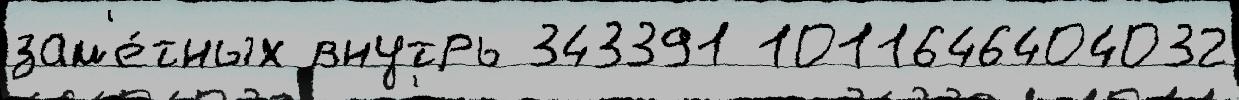
зам'е́тных внутрь 343391 1011646404032